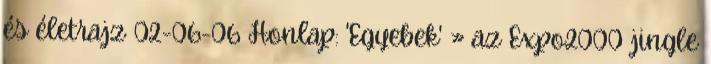
és életrajz 02-06-06 Honlap: 'Egyebek' » az Expo2000 jingle